Karksi_vallavalitsus, lk 122
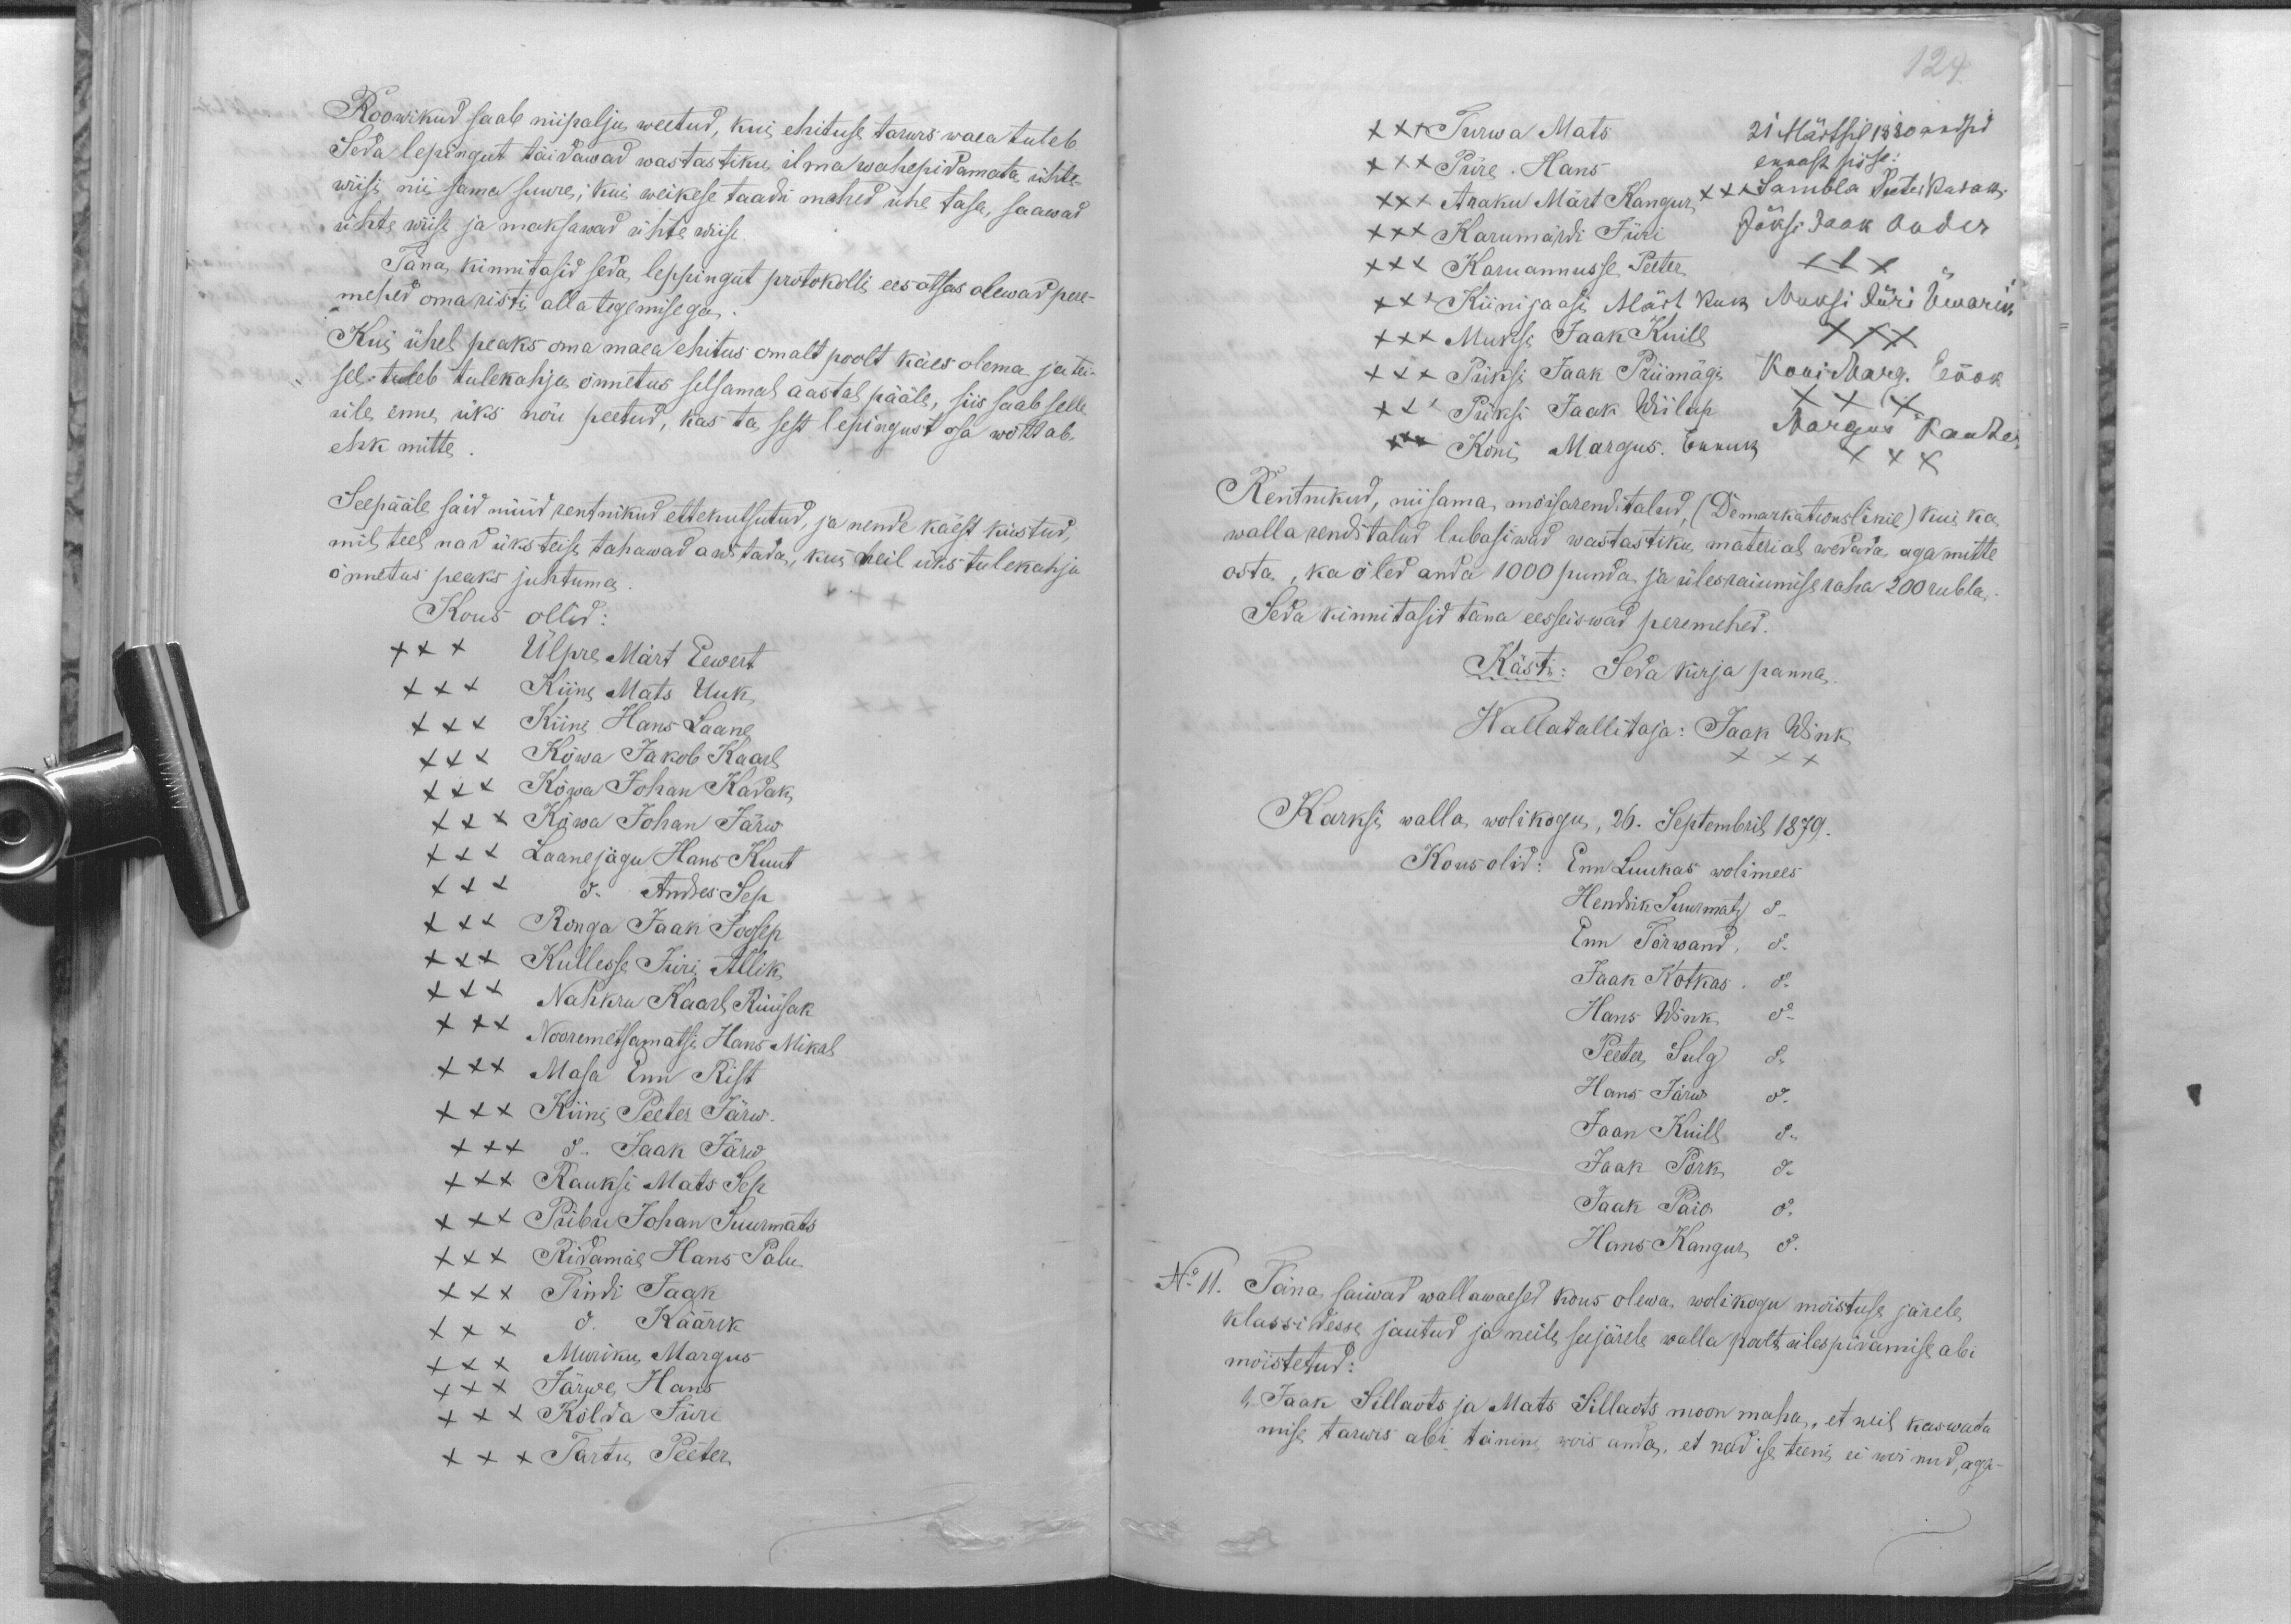
Roowikud saab niipalju weetud, kui ehituse tarwis waea tuleb
Seda lepingut täidawad wastastiku ilma wahepidamata ühte-
wiisi nii sama suure; kui weikese taadri mehed ühe tasa, saawad
ühte wiisi ja maksawad ühte wiisi
Täna kinnitasid seda leppingut protokolli eesotsas olewad pere-
mehed oma risti alla tegemisega
Kui ühel peaks oma maea ehitus omalt poolt käes olema ja tei-
sel tuleb tulekahju õnnetus selsamal aastal pääle, siis saab selle
üle enne üks nõu peetud, kas ta sest lepingust osa wõttab,
ehk mitte
Seepääle said nüüd rentnikud ettekutsutud, ja nende käest küsitud,
mis teel nad üksteise tahawad awitada, kui neil üks tulekahju
õnnetus peaks juhtuma
Kous ollid:
XXX Ülpre Märt Eewert
XXX Kiine Mats Uuk
XXX Kiini Hans Laane
XXX Kõwa Jakob Kaarl
XXX Kõwa Johan Kadak
XXX Kõwa Johan Järw
XXX Laanejägu Hans Kuut
XXX do Andres Sep
XXX Ronga Jaak Joosep
XXX Kullesse Jüri Allik
XXX Nahkru Kaarl Rüüsak
XXX Nooremetsamatsi Hans Mikal
XXX Masa Enn Rist
XXX Kiini Peeter Järw
XXX do Jaak Järw.
XXX Rauksi Mats Sep
XXX Piibu Johan Suurmats
XXX Ridamäe Hans Palu.
XXX Tindi Jaak
XXX do Käärik
XXX Muriku Margus
XXX Järwe Hans
XXX Kõlda Jüri
XXX Tartu Peeter

124
XXX Turwa Mats
21 Märtsil 1880 andsid
XXX Püre. Hans
ennast sisse:
XXX Araku Märt Kangur
xxx Sambla Peeter Kadak.
XXX Karumärdi Jüri
Jõksi Jaak Aader
XXX Karuannusse Peeter
XXX
XX Kiinijaasi Märt Kuk
Muksi Jüri Ümarik
XXX Muksi Jaak Kuill
XXX
XXX Püksi Jaak Priimägi
Koni Marg. Ennok
XXX Püksi Jaak Wiilup
XXX
XXX Koni Margus. Ennuk
Margus Kanter
XXX
Rentnikud, niisama mõisarenditalud, (Demarkationslinie) kui ka
walla renditalud lubasiwad wastastiku material wedada aga mitte
osta, ka õled anda 1000 punda ja ülesraiumise raha 200 rubla.
Seda kinnitasid täna eesseiswad peremehed:
Kästi: Seda kirja panna.
Wallatallitaja: Jaak Wink
XXX
Karksi walla wolikogu, 26. Septembril 1879.
Kous olid: Enn Luukas wolimees
Hendrik Suurmatz do
Enn Tõrwand, do
Jaak Kotkas. do
Hans Wink do
Peeter Sulg do
Hans Järw do
Jaan Kuill do
Jaak Pork do
Jaak Paio do
Hans Kangur do
No 11. Täna saiwad wallawaesed kous olewa wolikogu moistuse järele
klassidesse jautud ja neile seejärele walla poolt ülespidamise abi
mõistetud:
1) Jaak Sillaots ja Mats Sillaots moon maha, et neil kaswata
mise tarwis abi tänini, wois anda, et nad ise teeni, ei woinud, aga